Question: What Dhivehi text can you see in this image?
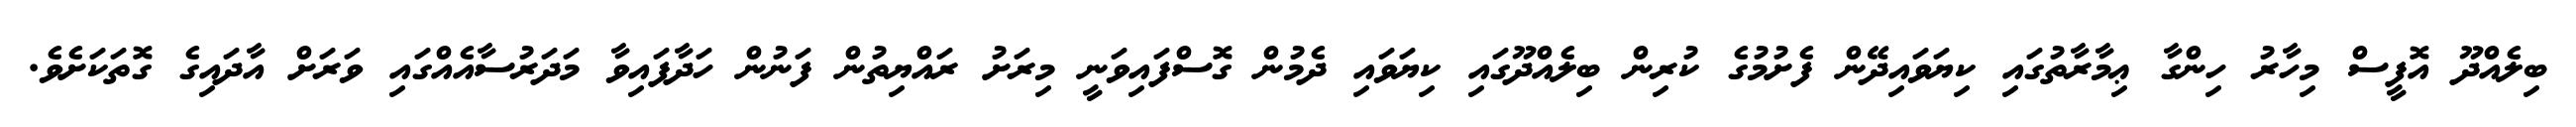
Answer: ބިލެއްދޫ އޮފީސް މިހާރު ހިންގާ ޢިމާރާތުގައި ކިޔަވައިދޭން ފެށުމުގެ ކުރިން ބިލެއްދޫގައި ކިޔަވައި ދެމުން ގޮސްފައިވަނީ މިރަށު ރައްޔިތުން ފަނުން ހަދާފައިވާ މަދަރުސާއެއްގައި ވަރަށް އާދައިގެ ގޮތަކަށެވެ.